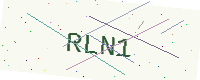
Text: RLN1